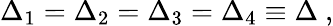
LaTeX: \Delta_{1}=\Delta_{2}=\Delta_{3}=\Delta_{4}\equiv\Delta\ ,